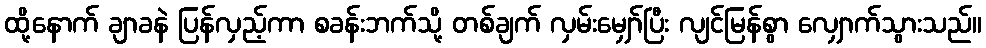
ထို့နောက် ချာခနဲ ပြန်လှည့်ကာ စခန်းဘက်သို့ တစ်ချက် လှမ်းမျှော်ပြီး လျင်မြန်စွာ လျှောက်သွားသည်။